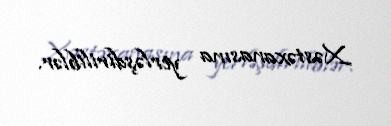
Xəstəxanasına yerləşdiriliblər.